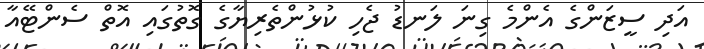
އަދި ސީޒަންގެ އެންމެ ގިނަ ލަނޑު ޖެހި ކުޅުންތެރިޔާގެ ގޮތުގައި އޮތް ސެންޓޭއާ